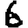
Digit: 6